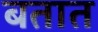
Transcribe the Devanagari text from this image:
बतात